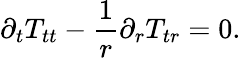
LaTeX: \partial_{t}T_{tt}-\frac{1}{r}\partial_{r}T_{tr}=0.